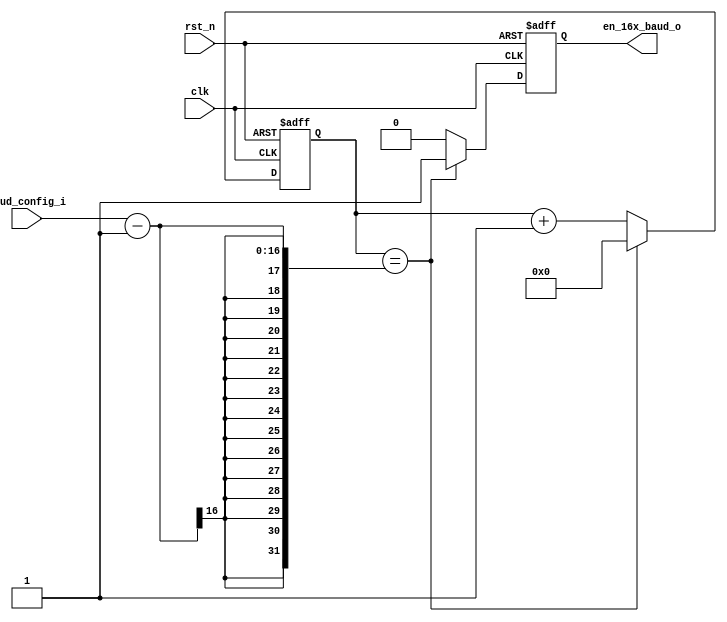
/*++
//  Description : Generate en_16x_baud signal 
--*/

`timescale 1ns/10fs

module baud_generator(
  input            clk    ,
  input            rst_n  ,      //active low reset
                                  
  input  [15:0]    baud_config_i ,
  output reg       en_16x_baud_o
);
  reg    [15:0]    baud_count;

  always @(posedge clk or negedge rst_n) begin
    if(!rst_n) begin
      en_16x_baud_o <= 1'b0;
      baud_count    <= 16'd0;
    end
    else if(baud_count == (baud_config_i-1)) begin
      baud_count    <= 16'd0;
      en_16x_baud_o <= 1'b1;
    end
    else begin
      baud_count    <= baud_count + 1;
      en_16x_baud_o <= 1'b0;
    end
  end
endmodule